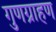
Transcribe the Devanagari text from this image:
गुणग्राहण